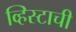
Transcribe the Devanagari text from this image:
व्हिस्टाची